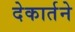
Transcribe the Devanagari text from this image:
देकार्तने